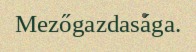
Mezőgazdasága.